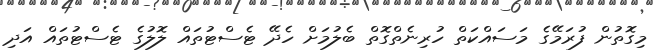
މިގޮތުން ފުރަމޭގެ މަސައްކަތް ހުރިނެތްގޮތް ބެލުމަށް ހެދޭ ޓެސްޓުތައް ލޮލުގެ ޓެސްޓުތައް އަދި